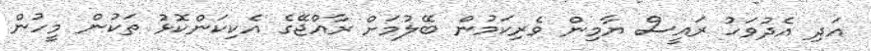
އަދި އެދުވަހު ރައީސް ޔާމިން ވެރިކަމުން ބޭލުމަށް ރާއްޖޭގެ އެކިކަންކޮޅު ތަކުން މީހުން